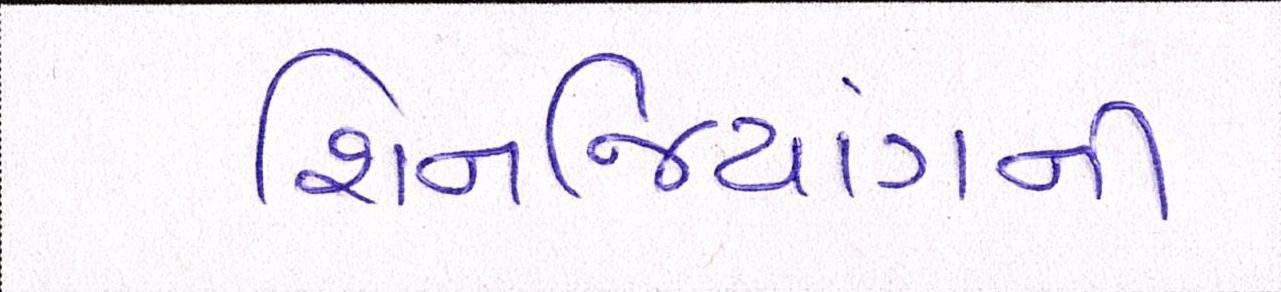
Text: શિનજિયાંગની